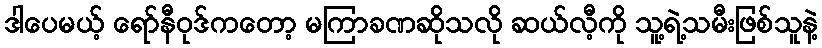
ဒါပေမယ့် ရော်နီဝုဒ်ကတော့ မကြာခဏဆိုသလို ဆယ်လီ့ကို သူ့ရဲ့သမီးဖြစ်သူနဲ့